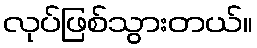
လုပ်ဖြစ်သွားတယ်။